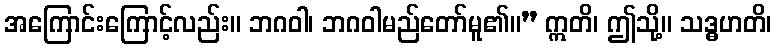
အကြောင်းကြောင့်လည်း။ ဘဂဝါ၊ ဘဂဝါမည်တော်မူ၏။” ဣတိ၊ ဤသို့။ သဒ္ဓဟတိ၊